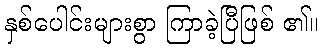
နှစ်ပေါင်းများစွာ ကြာခဲ့ပြီဖြစ် ၏။